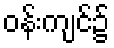
ဝန်းကျင်၌